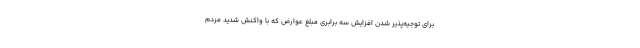
برای توجیه‌پذیر شدن افزایش سه برابری مبلغ عوارض که با واکنش شدید مردم